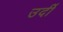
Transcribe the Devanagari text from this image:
उर्दी